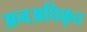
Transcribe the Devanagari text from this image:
अनअधिकृत